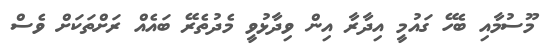
މޫސުމާއި ބެހޭ ގައުމީ އިދާރާ އިން ވިދާޅުވީ މެދުތެރޭ ބައެއް ރަށްތަކަށް ވެސް